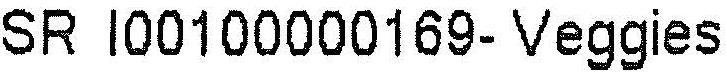
SR I00100000169- VEGGIES